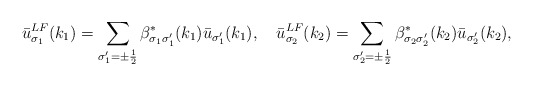
\begin{align*}\bar{u}^{LF}_{\sigma_1}(k_1)=\sum_{\sigma'_1=\pm\frac{1}{2}}\beta^*_{\sigma_1\sigma'_1}(k_1)\bar{u}_{\sigma'_1}(k_1),\quad\bar{u}^{LF}_{\sigma_2}(k_2)=\sum_{\sigma'_2=\pm\frac{1}{2}}\beta^*_{\sigma_2\sigma'_2}(k_2)\bar{u}_{\sigma'_2}(k_2),\end{align*}